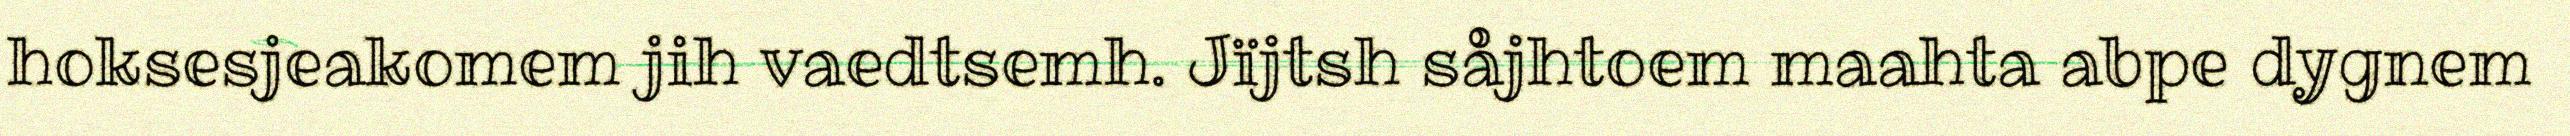
hoksesjeakomem jih vaedtsemh. Jïjtsh såjhtoem maahta abpe dygnem